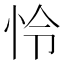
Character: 怜